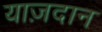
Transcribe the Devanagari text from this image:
याज़दान